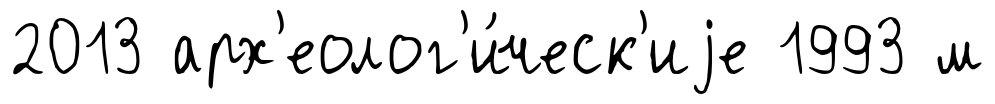
2013 арх'еолог'и́ческ'иjе 1993 м